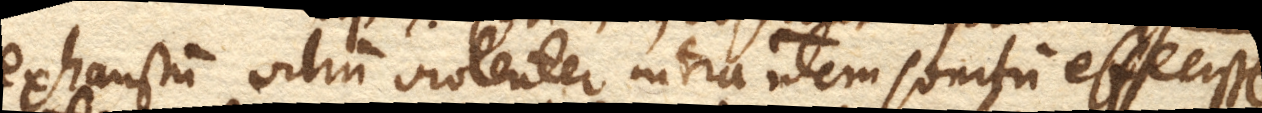
exhaustum vitrum violenter intrantem sonitum effecisse